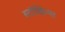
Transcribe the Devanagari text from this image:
स्टॉकिंग्स